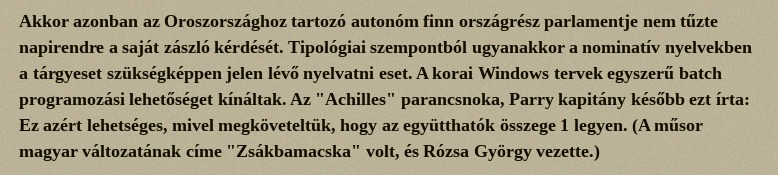
Akkor azonban az Oroszországhoz tartozó autonóm finn országrész parlamentje nem tűzte napirendre a saját zászló kérdését. Tipológiai szempontból ugyanakkor a nominatív nyelvekben a tárgyeset szükségképpen jelen lévő nyelvatni eset. A korai Windows tervek egyszerű batch programozási lehetőséget kínáltak. Az "Achilles" parancsnoka, Parry kapitány később ezt írta: Ez azért lehetséges, mivel megköveteltük, hogy az együtthatók összege 1 legyen. (A műsor magyar változatának címe "Zsákbamacska" volt, és Rózsa György vezette.)